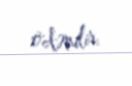
ödənilir.